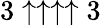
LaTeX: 3\uparrow\uparrow\uparrow\uparrow 3